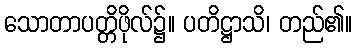
သောတာပတ္တိဖိုလ်၌။ ပတိဋ္ဌာသိ၊ တည်၏။